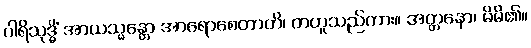
ပါရိသုဒ္ဓိံ အာယသ္မန္တော အာရောစေတာတိ၊ တဟူသည်ကား။ အတ္တနော၊ မိမိ၏။